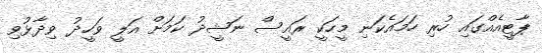
ޕާޓީއެއްގައި ހުރި ހަމައެކަނި މީހަކީ ރައީސް ނަޝީދު ކަމަށް އަލީ ވަހީދު ވިދާޅުވި